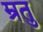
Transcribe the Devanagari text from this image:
म्रतु